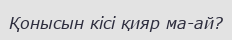
Қонысын кісі қияр ма-ай?